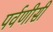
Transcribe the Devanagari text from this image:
पर्वणीसी